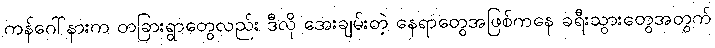
ကန်ဂေါ်နားက တခြားရွာတွေလည်း ဒီလို အေးချမ်းတဲ့ နေရာတွေအဖြစ်ကနေ ခရီးသွားတွေအတွက်